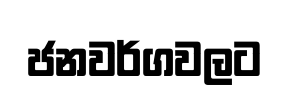
ජනවර්ගවලට